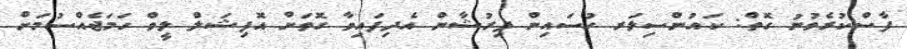
ފާސްކުރެވުނު ގޮތް: ކައުންސިލަރ ހުސައިން ފިރުޝާން އެދިފައިވާ ގޮތަށް އޮފިޝަލް ލީވް ހަމަޖެއްސުމަށް